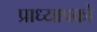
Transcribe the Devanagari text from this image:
प्राध्यापको